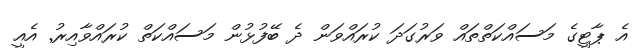
އެ ޕާޓީގެ މަސައްކަތްތައް ވަރުގަދަ ކުރައްވަން ދެ ބޭފުޅުން މަސައްކަތް ކުރައްވާއިރު